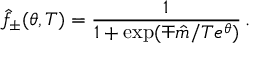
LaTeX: \hat { f } _ { \pm } ( \theta , T ) = \frac { 1 } { 1 + \exp ( \mp \hat { m } / T e ^ { \theta } ) } \, .